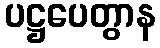
ပဋ္ဌပေတွာန